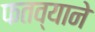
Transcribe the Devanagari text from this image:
फतव्याने